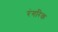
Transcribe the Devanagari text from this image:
रंगरिक